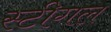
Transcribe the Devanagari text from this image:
स्टीगल